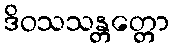
ဒိဝသသန္တတ္တော